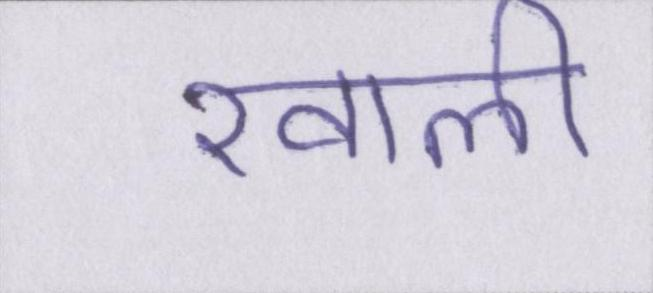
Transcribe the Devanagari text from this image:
खाली